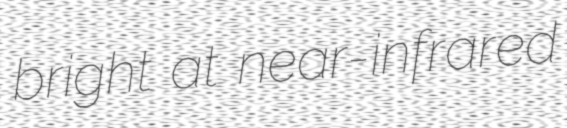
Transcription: bright at near-infrared